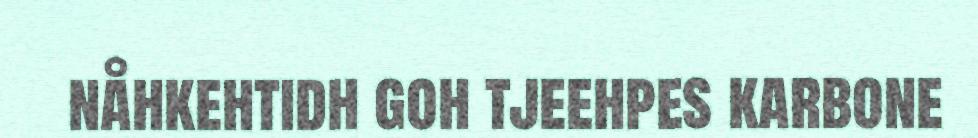
nåhkehtidh goh tjeehpes karbone